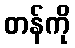
တန်ကို